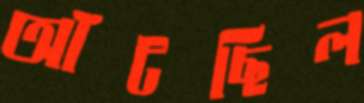
আঁটছিল